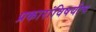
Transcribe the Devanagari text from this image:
प्रकारांविषयीच